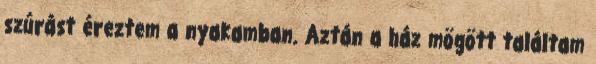
szúrást éreztem a nyakamban. Aztán a ház mögött találtam